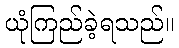
ယုံကြည်ခဲ့ရသည်။